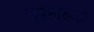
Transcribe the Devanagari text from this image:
वृषभारूढा